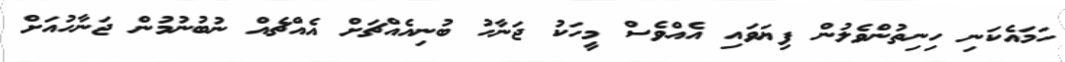
ހަމައެކަނި ހިނިތުންވެލުން ފިޔަވައި އެއްވެސް މީހަކު ޖަނާހު ބުނިއެއްޗަށް އެއްޗެއް ނުބުނުމުން ޖަނާހުއަށް